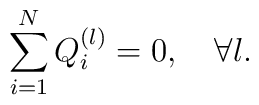
\sum_{i=1}^N Q^{(l)}_i =0,\quad\forall l.